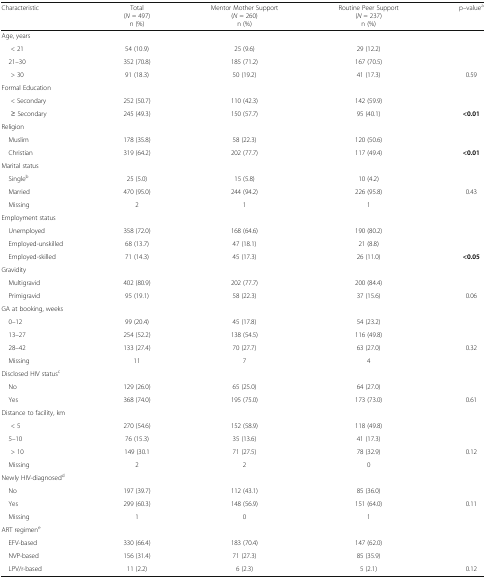
<table><thead><tr><td><b>Characteristic</b></td><td><b>Total(<i>N</i> = 497)n (%)</b></td><td><b>Mentor Mother Support(<i>N</i> = 260)n (%)</b></td><td><b>Routine Peer Support(<i>N</i> = 237)n (%)</b></td><td><b>p–value<sup>a</sup></b></td></tr></thead><tbody><tr><td colspan="5">Age, years</td></tr><tr><td>&lt; 21</td><td>54 (10.9)</td><td>25 (9.6)</td><td>29 (12.2)</td><td></td></tr><tr><td> 21–30</td><td>352 (70.8)</td><td>185 (71.2)</td><td>167 (70.5)</td><td></td></tr><tr><td>&gt; 30</td><td>91 (18.3)</td><td>50 (19.2)</td><td>41 (17.3)</td><td>0.59</td></tr><tr><td colspan="5">Formal Education</td></tr><tr><td>&lt; Secondary</td><td>252 (50.7)</td><td>110 (42.3)</td><td>142 (59.9)</td><td></td></tr><tr><td>≥ Secondary</td><td>245 (49.3)</td><td>150 (57.7)</td><td>95 (40.1)</td><td><b>&lt;0.01</b></td></tr><tr><td colspan="5">Religion</td></tr><tr><td> Muslim</td><td>178 (35.8)</td><td>58 (22.3)</td><td>120 (50.6)</td><td></td></tr><tr><td> Christian</td><td>319 (64.2)</td><td>202 (77.7)</td><td>117 (49.4)</td><td><b>&lt;0.01</b></td></tr><tr><td colspan="5">Marital status</td></tr><tr><td> Single<sup>b</sup></td><td>25 (5.0)</td><td>15 (5.8)</td><td>10 (4.2)</td><td></td></tr><tr><td> Married</td><td>470 (95.0)</td><td>244 (94.2)</td><td>226 (95.8)</td><td>0.43</td></tr><tr><td> Missing</td><td>2</td><td>1</td><td>1</td><td></td></tr><tr><td colspan="5">Employment status</td></tr><tr><td> Unemployed</td><td>358 (72.0)</td><td>168 (64.6)</td><td>190 (80.2)</td><td></td></tr><tr><td> Employed-unskilled</td><td>68 (13.7)</td><td>47 (18.1)</td><td>21 (8.8)</td><td></td></tr><tr><td> Employed-skilled</td><td>71 (14.3)</td><td>45 (17.3)</td><td>26 (11.0)</td><td><b>&lt;0.05</b></td></tr><tr><td colspan="5">Gravidity</td></tr><tr><td> Multigravid</td><td>402 (80.9)</td><td>202 (77.7)</td><td>200 (84.4)</td><td></td></tr><tr><td> Primigravid</td><td>95 (19.1)</td><td>58 (22.3)</td><td>37 (15.6)</td><td>0.06</td></tr><tr><td colspan="5">GA at booking, weeks</td></tr><tr><td> 0–12</td><td>99 (20.4)</td><td>45 (17.8)</td><td>54 (23.2)</td><td></td></tr><tr><td> 13–27</td><td>254 (52.2)</td><td>138 (54.5)</td><td>116 (49.8)</td><td></td></tr><tr><td> 28–42</td><td>133 (27.4)</td><td>70 (27.7)</td><td>63 (27.0)</td><td>0.32</td></tr><tr><td> Missing</td><td>11</td><td>7</td><td>4</td><td></td></tr><tr><td colspan="5">Disclosed HIV status<sup>c</sup></td></tr><tr><td> No</td><td>129 (26.0)</td><td>65 (25.0)</td><td>64 (27.0)</td><td></td></tr><tr><td> Yes</td><td>368 (74.0)</td><td>195 (75.0)</td><td>173 (73.0)</td><td>0.61</td></tr><tr><td colspan="5">Distance to facility, km</td></tr><tr><td>&lt; 5</td><td>270 (54.6)</td><td>152 (58.9)</td><td>118 (49.8)</td><td></td></tr><tr><td> 5–10</td><td>76 (15.3)</td><td>35 (13.6)</td><td>41 (17.3)</td><td></td></tr><tr><td>&gt; 10</td><td>149 (30.1</td><td>71 (27.5)</td><td>78 (32.9)</td><td>0.12</td></tr><tr><td> Missing</td><td>2</td><td>2</td><td>0</td><td></td></tr><tr><td colspan="5">Newly HIV-diagnosed<sup>d</sup></td></tr><tr><td> No</td><td>197 (39.7)</td><td>112 (43.1)</td><td>85 (36.0)</td><td></td></tr><tr><td> Yes</td><td>299 (60.3)</td><td>148 (56.9)</td><td>151 (64.0)</td><td>0.11</td></tr><tr><td> Missing</td><td>1</td><td>0</td><td>1</td><td></td></tr><tr><td colspan="5">ART regimen<sup>e</sup></td></tr><tr><td> EFV-based</td><td>330 (66.4)</td><td>183 (70.4)</td><td>147 (62.0)</td><td></td></tr><tr><td> NVP-based</td><td>156 (31.4)</td><td>71 (27.3)</td><td>85 (35.9)</td><td></td></tr><tr><td> LPV/r-based</td><td>11 (2.2)</td><td>6 (2.3)</td><td>5 (2.1)</td><td>0.12</td></tr></tbody></table>